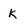
Character: k